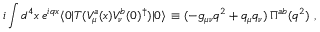
i \int d ^ { 4 } x \, e ^ { i q x } \langle 0 | T ( V _ { \mu } ^ { a } ( x ) V _ { \nu } ^ { b } ( 0 ) ^ { \dagger } ) | 0 \rangle \, \equiv ( - g _ { \mu \nu } q ^ { 2 } + q _ { \mu } q _ { \nu } ) \, \Pi ^ { a b } ( q ^ { 2 } ) \ ,